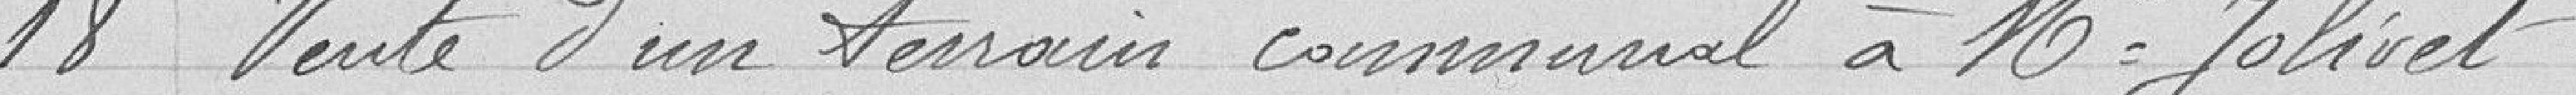
18 Vente d'un terrain communal à Monsieur Jolivet